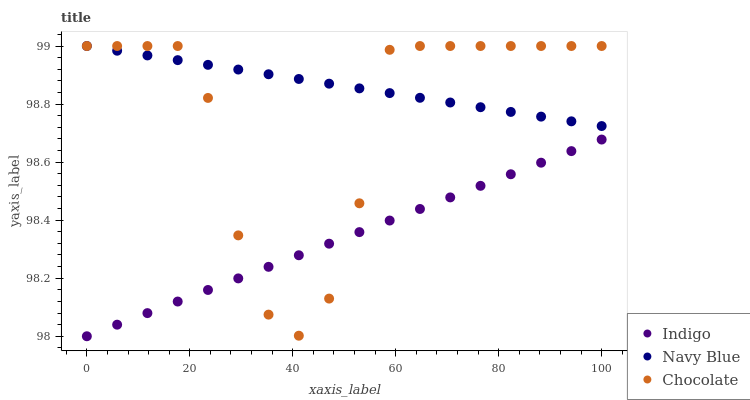
| xaxis_label | Indigo | Navy Blue | Chocolate |
 | --- | --- | --- | --- |
 | 0 | 98 | 99 | 99 |
 | 5.88 | 98 | 99 | 99 |
 | 11.8 | 98.1 | 99 | 99 |
 | 17.6 | 98.1 | 99 | 99 |
 | 23.5 | 98.2 | 98.9 | 98.8 |
 | 29.4 | 98.2 | 98.9 | 98.3 |
 | 35.3 | 98.2 | 98.9 | 98.1 |
 | 41.2 | 98.3 | 98.9 | 98 |
 | 47.1 | 98.3 | 98.9 | 98.1 |
 | 52.9 | 98.4 | 98.9 | 98.5 |
 | 58.8 | 98.4 | 98.8 | 99 |
 | 64.7 | 98.4 | 98.8 | 99 |
 | 70.6 | 98.5 | 98.8 | 99 |
 | 76.5 | 98.5 | 98.8 | 99 |
 | 82.4 | 98.6 | 98.8 | 99 |
 | 88.2 | 98.6 | 98.8 | 99 |
 | 94.1 | 98.6 | 98.7 | 99 |
 | 100 | 98.7 | 98.7 | 99 |